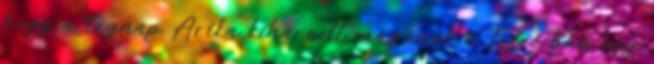
hogy a tegnap Arika kiharcolt magának a Tesco-ban egy